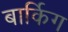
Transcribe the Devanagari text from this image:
बार्किग